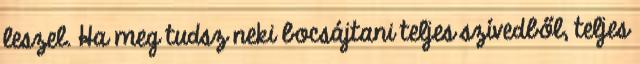
leszel. Ha meg tudsz neki bocsájtani teljes szívedből, teljes